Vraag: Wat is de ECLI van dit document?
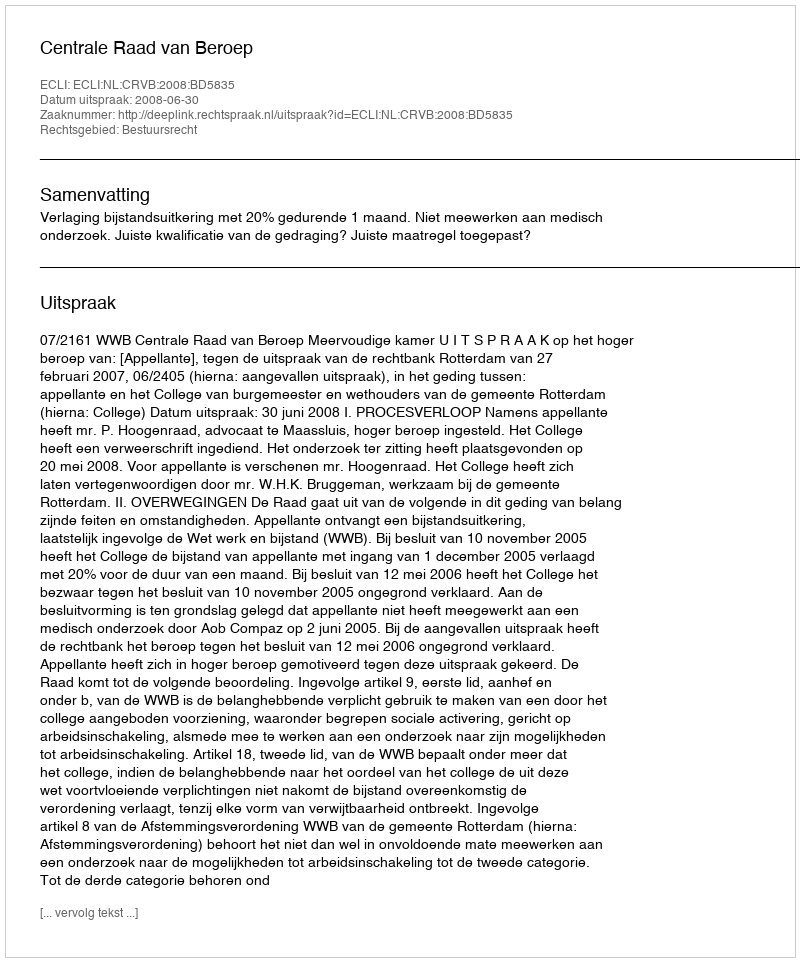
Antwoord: ECLI:NL:CRVB:2008:BD5835